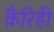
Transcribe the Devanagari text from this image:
क़ैरिही